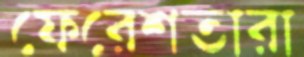
ফেরেশতারা